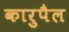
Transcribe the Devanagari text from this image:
कारुपैल